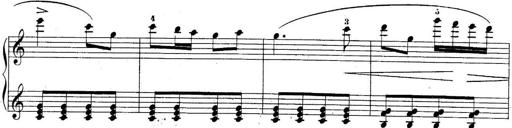
Title: 10 Sonatines progressives
Composer: Anton Schmoll